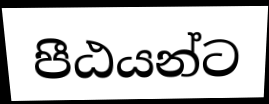
පීඨයන්ට